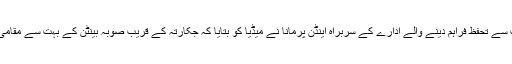
خبر رساں ادارے رائٹرز کے مطابق قدرتی آفات سے تحفظ فراہم دینے والے ادارے کے سربراہ اینڈن پرمانا نے میڈیا کو بتایا کہ جکارتہ کے قریب صوبہ بینٹن کے بہت سے مقامی لوگ لاپتا ہیں اور پولیس مدد فراہم کر رہی ہے۔